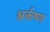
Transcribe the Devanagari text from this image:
श्नर्कष्ण